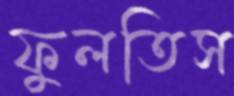
ফুলতিস